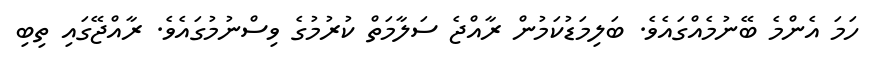
ހަމަ އެންމެ ބޭނުމެއްގައެވެ. ބަލިމަޑުކަމުން ރާއްޖެ ސަލާމަތް ކުރުމުގެ ވިސްނުމުގައެވެ. ރާއްޖޭގައި ތިބި